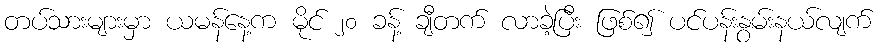
တပ်သားများမှာ ယမန်နေ့က မိုင် ၂၀ ခန့် ချီတက် လာခဲ့ပြီး ဖြစ်၍ ပင်ပန်းနွမ်းနယ်လျက်